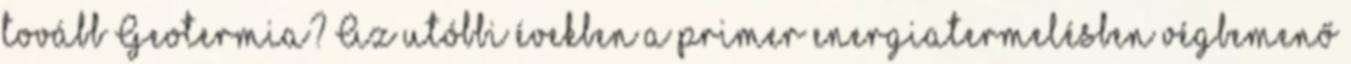
tovább Geotermia? Az utóbbi években a primer energiatermelésben végbemenő